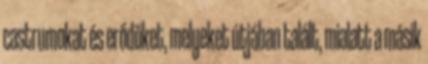
castrumokat és erődöket, melyeket útjában talált, mialatt a másik